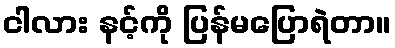
ငါလား နင့်ကို ပြန်မပြောရဲတာ။